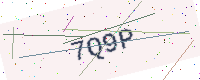
Text: 7Q9P